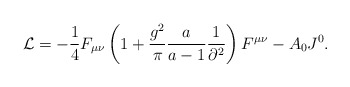
\begin{align*}{\cal L} = - \frac{1}{4}F_{\mu \nu } \left( {1 + \frac{{g^2}}{\pi }\frac{a}{{a - 1}}\frac{1}{{\partial ^2 }}} \right)F^{\mu\nu } - A_0 J^0 . \end{align*}